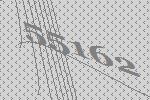
55162